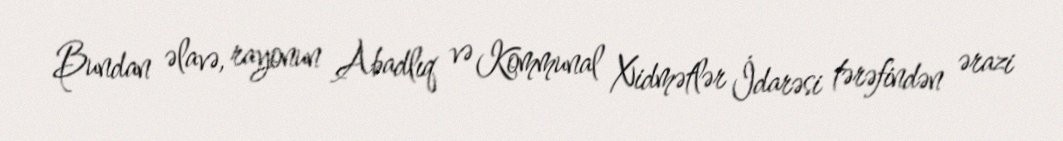
Bundan əlavə, rayonun Abadlıq və Kommunal Xidmətlər İdarəsi tərəfindən ərazi